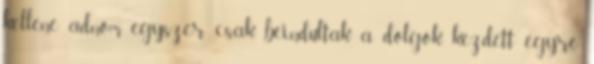
kellene adnom, egyszer csak beindultak a dolgok, kezdett egyre